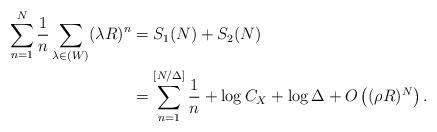
LaTeX: \begin{align*}\sum_{n= 1}^{N} \frac{1}{n} \sum_{\lambda \in (W)} (\lambda R)^{n} &= S_{1}(N)+ S_{2}(N) \\&= \sum_{n=1}^{[ {N}/{\Delta} ]} \frac{1}{n}+ \log C_{X}+ \log \Delta+ O \left( (\rho R)^{N} \right). \end{align*}